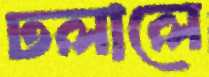
ঢলালে